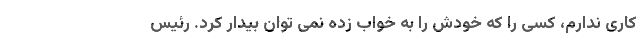
کاری ندارم، کسی را که خودش را به خواب زده نمی توان بیدار کرد. رئیس